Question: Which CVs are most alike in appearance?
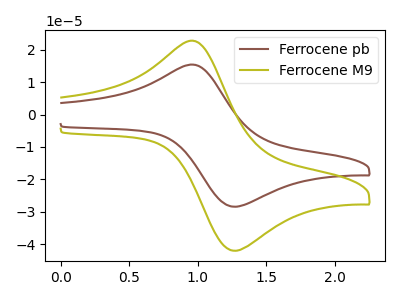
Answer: <think>The brown curve "Ferrocene pb" has an anodic peak at (1.00V, 15.25uA) and a cathodic peak at (1.30V, -28.40uA). The olive curve "Ferrocene M9" has an anodic peak at (1.00V, 22.50uA) and a cathodic peak at (1.30V, -42.00uA).
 All the peaks in "Ferrocene pb" have a peak in "Ferrocene M9" at the same potential. Every peak in "Ferrocene pb" is lower than every peak in "Ferrocene M9".</think>
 <answer>"Ferrocene M9" and "Ferrocene pb" have the same shape and are likely CV's of the same chemical.</answer>
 <eval>"Ferrocene M9" "Ferrocene pb"</eval>